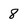
Character: 8